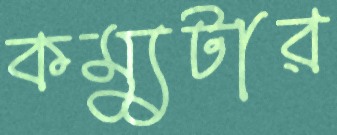
কম্যুটার